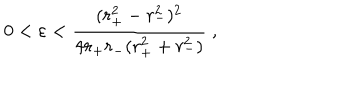
LaTeX: 0 < \varepsilon < \frac { ( r _ { + } ^ { 2 } - r _ { - } ^ { 2 } ) ^ { 2 } } { 4 r _ { + } r _ { - } ( r _ { + } ^ { 2 } + r _ { - } ^ { 2 } ) } \; ,